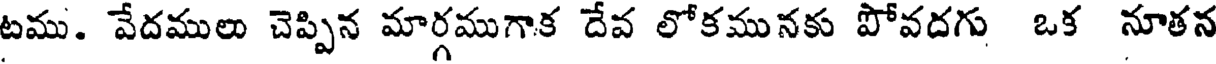
టము. వేదములు చెప్పిన మార్గముగాక దేవ లోకమునకు పోవదగు ఒక నూతన